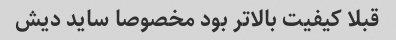
قبلا کیفیت بالاتر بود مخصوصا ساید دیش